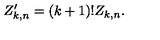
Z _ { k , n } ^ { \prime } = ( k + 1 ) ! Z _ { k , n } .